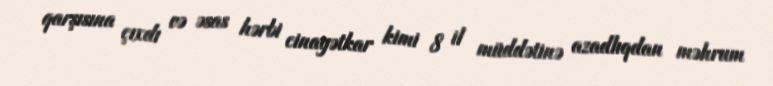
qarşısına çıxdı və əsas hərbi cinayətkar kimi 8 il müddətinə azadlıqdan məhrum